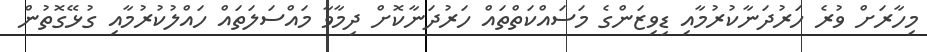
މިހާރަށް ވުރެ ހަރުދަނާކުރުމާއި ޑިވިޒަންގެ މަސައްކަތްތައް ހަރުދަނާކޮށް ދިމާވާ މައްސަލަތައް ހައްލުކުރުމާއި ގުޅޭގޮތުން